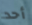
أحد